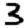
Digit: 3